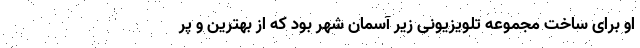
او برای ساخت مجموعه تلویزیونی زیر آسمان شهر بود که از بهترین و پر